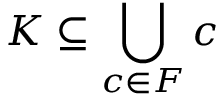
K \subseteq \bigcup _ { c \in F } c